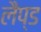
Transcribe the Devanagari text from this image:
लैप्ड